Regulations for the medical services of the Army of India
Year: 1930
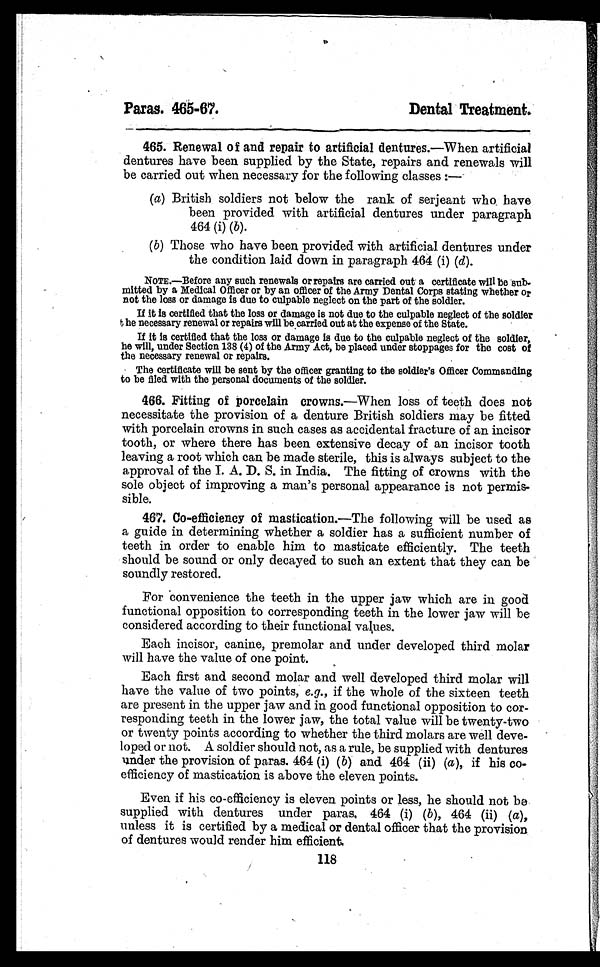
Paras. 465-67.
Dental Treatment.
465. Renewal of and repair to artificial dentures.—When artificial
dentures have been supplied by the State, repairs and renewals will
be carried out when necessary for the following classes :—
(a) British soldiers not below the rank of serjeant who have
been provided with artificial dentures under paragraph
464 (i) ( b).
(b) Those who have been provided with artificial dentures under
the condition laid down in paragraph 464 (i) ( d).
NOTE.—Before any such renewals or repairs are carried out a certificate will be sub-
mitted by a Medical Officer or by an officer of the Army Dental Corps stating whether or
not the loss or damage is due to culpable neglect on the part of the soldier.
If it is certified that the loss or damage is not due to the culpable neglect of the soldier
the necessary renewal or repairs will be carried out at the expense of the State.
If it is certified that the loss or damage is due to the culpable neglect of the soldier,
he will, under Section 138 (4) of the Army Act, be placed under stoppages for the cost of
the necessary renewal or repairs.
The certificate will be sent by the officer granting to the soldier's Officer Commanding
to be filed with the personal documents of the soldier.
466. Fitting of porcelain crowns.—When loss of teeth does not
necessitate the provision of a denture British soldiers may be fitted
with porcelain crowns in such cases as accidental fracture of an incisor
tooth, or where there has been extensive decay of an incisor tooth
leaving a root which can be made sterile, this is always subject to the
approval of the I. A. D. S. in India. The fitting of crowns with the
sole object of improving a man's personal appearance is not permis-
sible.
467. Co-efficiency of mastication.— The following will be used as
a guide in determining whether a soldier has a sufficient number of
teeth in order to enable him to masticate efficiently. The teeth
should be sound or only decayed to such an extent that they can be
soundly restored.
For convenience the teeth in the upper jaw which are in good
functional opposition to corresponding teeth in the lower jaw will be
considered according to their functional values.
Each incisor, canine, premolar and under developed third molar
will have the value of one point.
Each first and second molar and well developed third molar will
have the value of two points, e.g., if the whole of the sixteen teeth
are present in the upper jaw and in good functional opposition to cor-
responding teeth in the lower jaw, the total value will be twenty-two
or twenty points according to whether the third molars are well deve-
loped or not. A soldier should not, as a rule, be supplied with dentures
under the provision of paras. 464 (i) ( b) and 464 (ii) (a ), if his co-
efficiency of mastication is above the eleven points.
Even if his co-efficiency is eleven points or less, he should not be
supplied with dentures under paras, 464 (i) ( b ), 464 (ii) ( a),
unless it is certified by a medical or dental officer that the provision
of dentures would render him efficient.
118